Scottish Leaving Certificate Examination, 1960
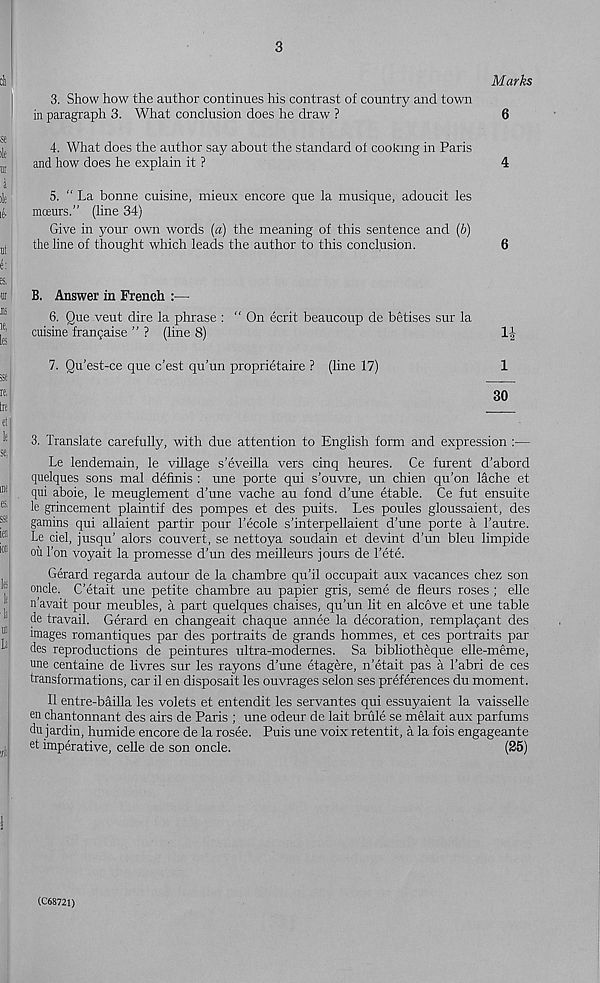
3
Marks
3. Show how the author continues his contrast of country and town
in paragraph 3. What conclusion does he draw ?
6
4. What does the author say about the standard of cooking in Paris
and how does he explain it ?
4
5. “ La bonne cuisine, mieux encore que la musique, adoucit les
mceurs.” (line 34)
Give in your own words (a) the meaning of this sentence and (b)
the line of thought which leads the author to this conclusion.
6
B. Answer in French :—
6. Que veut dire la phrase : “On ecrit beaucoup de betises sur la
cuisine frangaise ” ? (line 8)
1|
7. Qu’est-ce que c’est qu’un proprietaire ? (line 17)
1
30
3. Translate carefully, with due attention to English form and expression :—
Le lendemain, le village s’eveilla vers cinq heures. Ce furent d’abord
quelques sons mal definis : une porte qui s’ouvre, un chien qu’on lache et
qui aboie, le meuglement d’une vache au fond d’une etable. Ce fut ensuite
le grincement plaintif des pompes et des puits. Les poules gloussaient, des
gamins qui allaient partir pour Tecole s’interpellaient d’une porte a I’autre.
Le ciel, jusqu’ alors couvert, se nettoya soudain et devint d’un bleu limpide
oil Ton voyait la promesse d’un des meilleurs jours de I’ete.
Gerard regarda autour de la chambre qu’il occupait aux vacances chez son
oncle. C’etait une petite chambre au papier gris, seme de fleurs roses ; elle
n’avait pour meubles, a part quelques chaises, qu’un lit en alcove et une table
de travail. Gerard en changeait chaque annee la decoration, remplagant des
images romantiques par des portraits de grands hommes, et ces portraits par
des reproductions de peintures ultra-modernes. Sa bibliotheque elle-meme,
une centaine de livres sur les rayons d’une etagere, n’etait pas a I’abri de ces
transformations, car il en disposait les ouvrages selon ses preferences du moment.
II entre-bailla les volets et entendit les servantes qui essuyaient la vaisselle
en chantonnant des airs de Paris ; une odeur de lait brule se melait aux parfums
du jardin, humide encore de la rosee. Puis une voix retentit, a la fois engageante
et imperative, celle de son oncle.
(25)
(C68721)